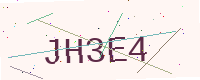
Text: JH3E4